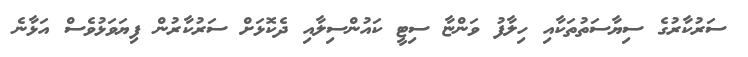
ސަރުކާރުގެ ސިޔާސަތުތަކާއި ހިލާފު ވަންޏާ ސިޓީ ކައުންސިލާއި ދެކޮޅަށް ސަރުކާރުން ފިޔަވަޅުވެސް އަޅާނެ